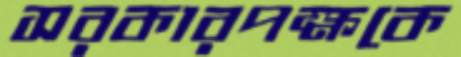
সরকারপক্ষকে